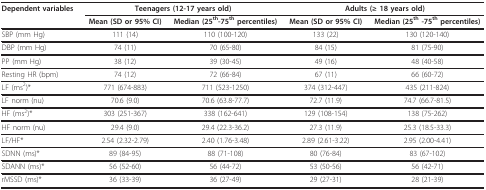
<table><thead><tr><td><b>Dependent variables</b></td><td colspan="2"><b>Teenagers (12-17 years old)</b></td><td colspan="2"><b>Adults (≥ 18 years old)</b></td></tr><tr><td></td><td><b>Mean (SD or 95% CI)</b></td><td><b>Median (25<sup>th</sup>-75<sup>th </sup>percentiles)</b></td><td><b>Mean (SD or 95% CI)</b></td><td><b>Median (25<sup>th </sup>-75<sup>th </sup>percentiles)</b></td></tr></thead><tbody><tr><td>SBP (mm Hg)</td><td>111 (14)</td><td>110 (100-120)</td><td>133 (22)</td><td>130 (120-140)</td></tr><tr><td>DBP (mm Hg)</td><td>74 (11)</td><td>70 (65-80)</td><td>84 (15)</td><td>81 (75-90)</td></tr><tr><td>PP (mm Hg)</td><td>38 (12)</td><td>39 (30-45)</td><td>49 (16)</td><td>48 (40-58)</td></tr><tr><td>Resting HR (bpm)</td><td>74 (12)</td><td>72 (66-84)</td><td>67 (11)</td><td>66 (60-72)</td></tr><tr><td>LF (ms<sup>2</sup>)*</td><td>771 (674-883)</td><td>711 (523-1250)</td><td>374 (312-447)</td><td>435 (211-824)</td></tr><tr><td>LF norm (nu)</td><td>70.6 (9.0)</td><td>70.6 (63.8-77.7)</td><td>72.7 (11.9)</td><td>74.7 (66.7-81.5)</td></tr><tr><td>HF (ms<sup>2</sup>)*</td><td>303 (251-367)</td><td>338 (162-641)</td><td>129 (108-154)</td><td>138 (75-262)</td></tr><tr><td>HF norm (nu)</td><td>29.4 (9.0)</td><td>29.4 (22.3-36.2)</td><td>27.3 (11.9)</td><td>25.3 (18.5-33.3)</td></tr><tr><td>LF/HF*</td><td>2.54 (2.32-2.79)</td><td>2.40 (1.76-3.48)</td><td>2.89 (2.61-3.22)</td><td>2.95 (2.00-4.41)</td></tr><tr><td>SDNN (ms)*</td><td>89 (84-95)</td><td>88 (71-108)</td><td>80 (76-84)</td><td>83 (67-102)</td></tr><tr><td>SDANN (ms)*</td><td>56 (52-60)</td><td>56 (44-72)</td><td>53 (50-56)</td><td>56 (42-71)</td></tr><tr><td>rMSSD (ms)*</td><td>36 (33-39)</td><td>36 (27-49)</td><td>29 (27-31)</td><td>28 (21-39)</td></tr></tbody></table>